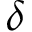
\delta